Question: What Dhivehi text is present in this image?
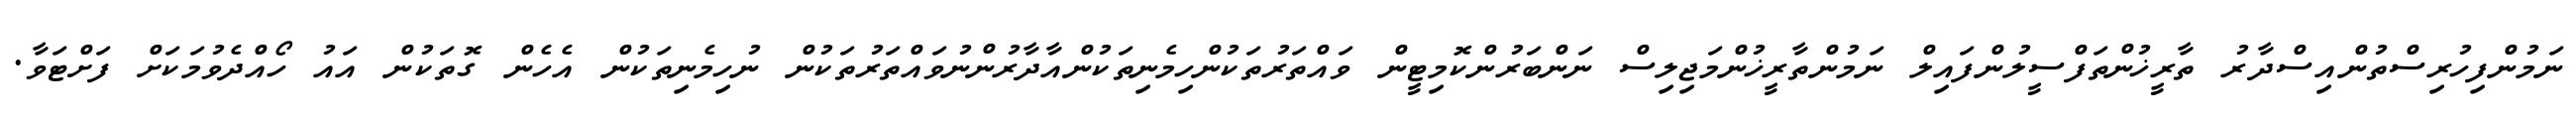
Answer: ނަމުންފިހުރިސްތުންއިސްދާރު ތާރީޚުންތަފްސީލުންފައިލް ނަމުންތާރީޚުންމަޖިލިސް ނަންބަރުންކޮމިޓީން ވައްތަރުތަކުންހިމެނިތަކުންއާދާރުންނުވައްތަރުތަކުން ނުހިމެނިތަކުން އެހެން ގޮތަކުން އައު ހޯއްދެވުމަކަށް ފަށްޓަވާ.